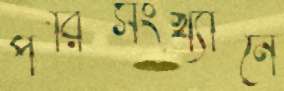
পরিসংখ্যানে